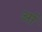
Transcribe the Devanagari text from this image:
र्आ